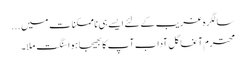
سالگرہ غریب کےلئے ایسے ہی ناممکنات میں ...
محترم آغا گل آداب آپ کا بھیجا ہوا سنگت ملا۔